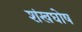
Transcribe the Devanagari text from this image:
शंखघोष